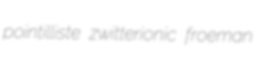
pointilliste zwitterionic froeman